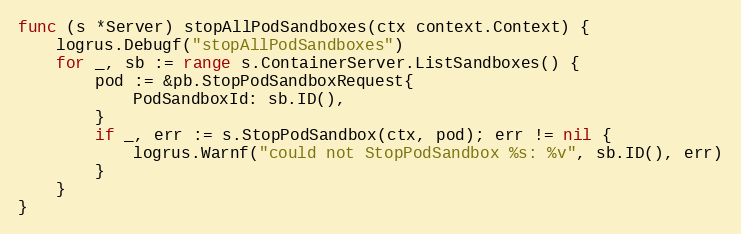
Language: Go
func (s *Server) stopAllPodSandboxes(ctx context.Context) {
	logrus.Debugf("stopAllPodSandboxes")
	for _, sb := range s.ContainerServer.ListSandboxes() {
		pod := &pb.StopPodSandboxRequest{
			PodSandboxId: sb.ID(),
		}
		if _, err := s.StopPodSandbox(ctx, pod); err != nil {
			logrus.Warnf("could not StopPodSandbox %s: %v", sb.ID(), err)
		}
	}
}